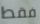
فقط